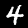
Label: 4